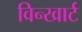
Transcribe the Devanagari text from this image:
विन्खार्ट